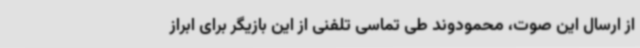
از ارسال این صوت، محمودوند طی تماسی تلفنی از این بازیگر برای ابراز